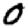
Digit: 0